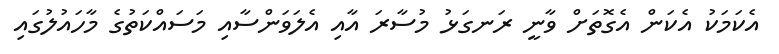
އެކަމަކު އެކަން އެގޮތަށް ވާނީ ރަނގަޅު މުސާރަ އާއި އެލަވަންސާއި މަސައްކަތުގެ މާހައުލުގައި